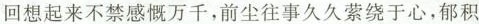
回想起来不禁感慨万千，前尘往事久久萦绕于心，郁积